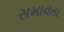
સમાવતા